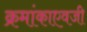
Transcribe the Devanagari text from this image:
क्रमांकाएवजी